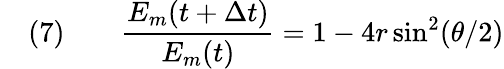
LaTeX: \quad(7)\qquad{\frac{E_{m}(t+\Delta t)}{E_{m}(t)}}=1-4r\sin^{2}(\theta/2)